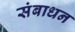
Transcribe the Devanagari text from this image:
संबाधन